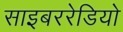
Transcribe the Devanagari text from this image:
साइबररेडियो